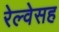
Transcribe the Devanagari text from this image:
रेल्वेसह